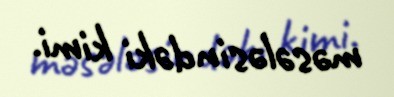
məsələsindəki kimi.